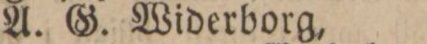
A. G. Widerborg,